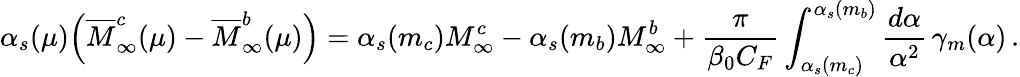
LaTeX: \alpha_{s}(\mu)\Big(\overline{{{M}}}_{\infty}^{c}(\mu)-\overline{{{M}}}_{\infty}^{b}(\mu)\Big)=\alpha_{s}(m_{c})M_{\infty}^{c}-\alpha_{s}(m_{b})M_{\infty}^{b}+\frac{\pi}{\beta_{0}C_{F}}\int_{\alpha_{s}(m_{c})}^{\alpha_{s}(m_{b})}\frac{d\alpha}{\alpha^{2}}\, \gamma_{m}(\alpha)\, .